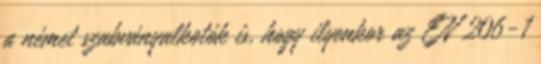
a német szabványalkotók is, hogy ilyenkor az EN 206-1